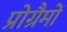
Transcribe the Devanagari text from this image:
प्रोग्रैमों